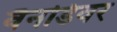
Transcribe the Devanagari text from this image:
वैनडिवर